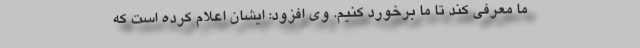
ما معرفی کند تا ما برخورد کنیم. وی افزود: ایشان اعلام کرده است که